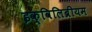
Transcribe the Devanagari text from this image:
इक्विलिब्रीयम